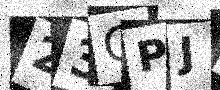
Text: 23CPJM